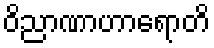
ဝိညာဏာဟာရောတိ